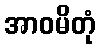
အာဝမိတုံ